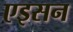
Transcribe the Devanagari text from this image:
एइसन